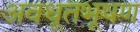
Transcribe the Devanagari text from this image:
अवधूतभूषण